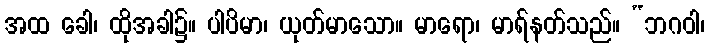
အထ ခေါ၊ ထိုအခါ၌။ ပါပိမာ၊ ယုတ်မာသော။ မာရော၊ မာရ်နတ်သည်။ “ဘဂဝါ၊